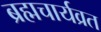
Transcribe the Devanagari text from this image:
ब्रह्मचार्यव्रत